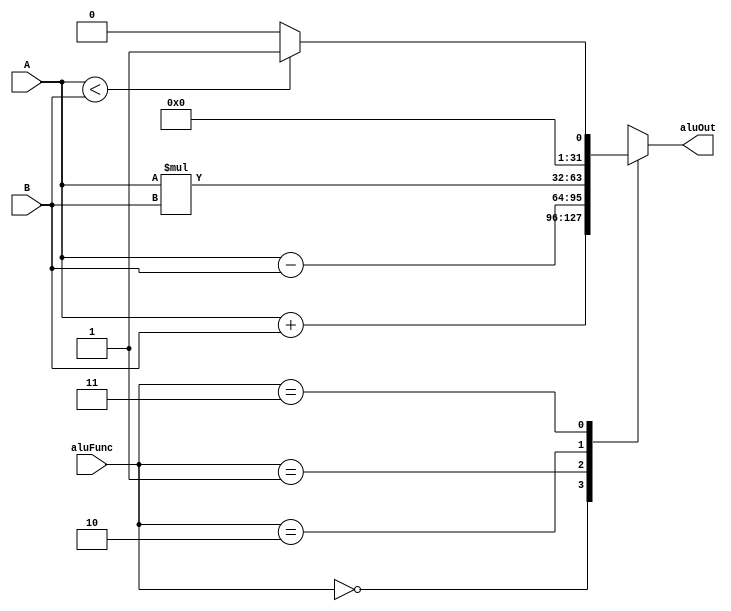
module ALU #(
    parameter DATA_WIDTH = 32,
    parameter OP_WIDTH   = 2
) (
    output reg   [DATA_WIDTH-1:0]  aluOut, 
    input  wire  [OP_WIDTH-1:0]    aluFunc,
    input  wire  [DATA_WIDTH-1:0]  A, B
);

localparam ADD   =  2'b00;
localparam SUB   =  2'b01;
localparam MUL   =  2'b10;
localparam SLT   =  2'b11;

always @ (*)
    begin 
        case (aluFunc)
            ADD: aluOut = A + B; 
            SUB: aluOut = A - B;
            MUL: aluOut = A * B;
            SLT: aluOut = (A < B) ? {{(DATA_WIDTH - 1){1'b0}}, 1'b1} :  {(DATA_WIDTH){1'b0}};  
            default: aluOut = {(DATA_WIDTH){1'b0}};
        endcase
    end

endmodule